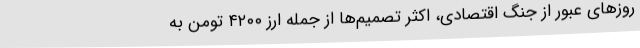
روزهای عبور از جنگ اقتصادی، اکثر تصمیم‌ها از جمله ارز ۴۲۰۰ تومن به